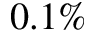
0 . 1 \%